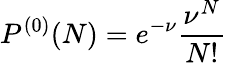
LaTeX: P^{(0)}(N)=e^{-\nu}\frac{\nu^{N}}{N!}